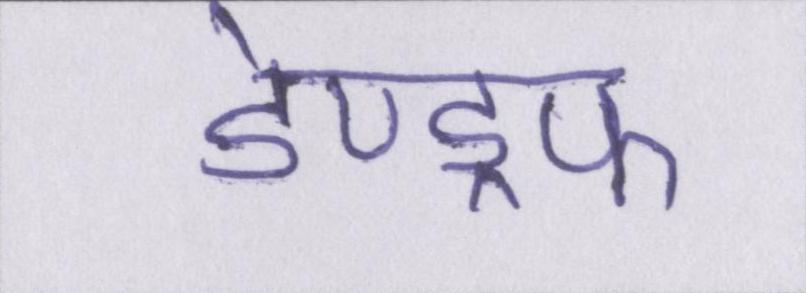
डेण्ड्रफ